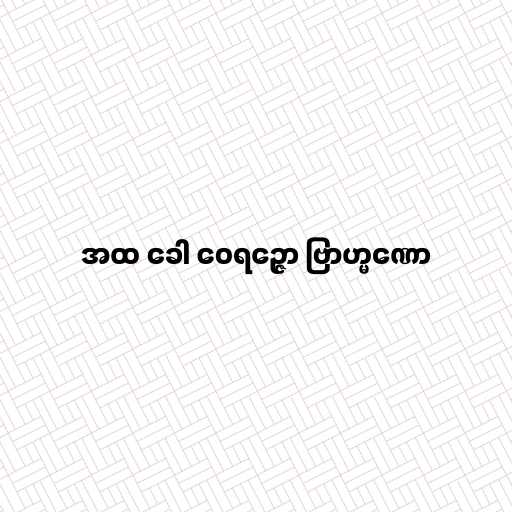
အထ ခေါ ဝေရဉ္ဇော ဗြာဟ္မဏော